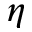
\eta